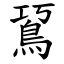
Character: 䲾